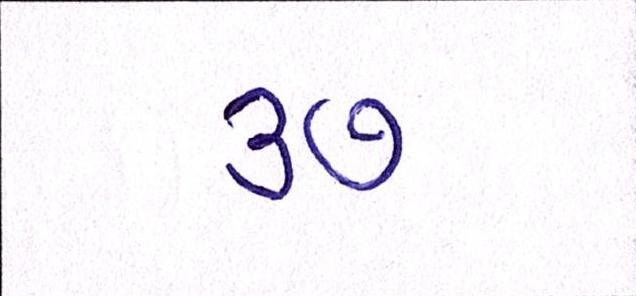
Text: ૩૭